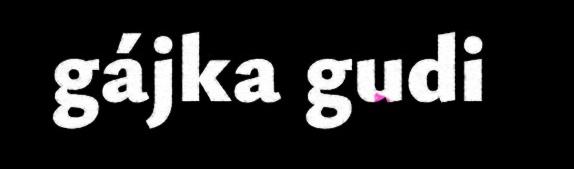
gájka gudi